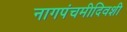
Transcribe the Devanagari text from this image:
नागपंचमीदिवशी